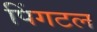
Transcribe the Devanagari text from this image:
पिंगटल